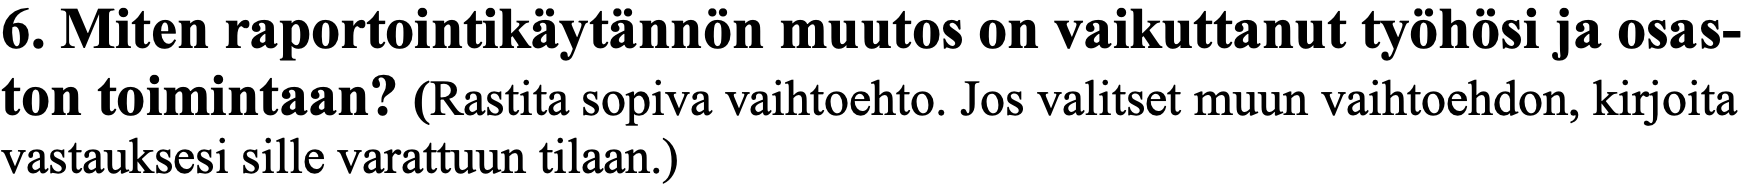
6. Miten raportointikäytännön muutos on vaikuttanut työhösi ja osas- ton toimintaan? (Rastita sopiva vaihtoehto. Jos valitset muun vaihtoehdon, kirjoita vastauksesi sille varattuun tilaan.)